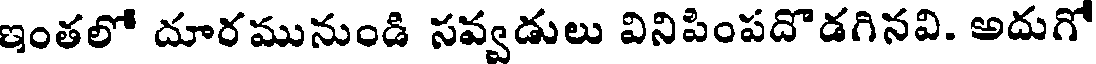
ఇంతలో దూరమునుండి సవ్వడులు వినిపింపదొడగినవి. అదుగో